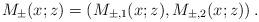
LaTeX: \begin{align*}M_{\pm}(x ; z)=\left( M_{\pm,1}(x ; z), M_{\pm,2}(x ; z)\right).\end{align*}